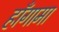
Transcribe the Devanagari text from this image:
हाँगामा